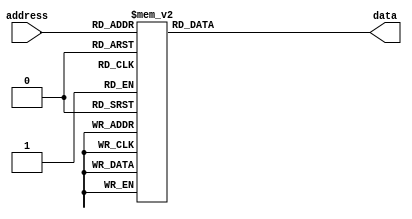
module sine_lut (input [7:0] address, output reg [13:0] data);
  always @ (*) begin
    case(address)
      8'd0: data = 14'b00000000000000;
      8'd1: data = 14'b00000000011001;
      8'd2: data = 14'b00000000110010;
      8'd3: data = 14'b00000001001011;
      8'd4: data = 14'b00000001100100;
      8'd5: data = 14'b00000001111101;
      8'd6: data = 14'b00000010010110;
      8'd7: data = 14'b00000010101111;
      8'd8: data = 14'b00000011000111;
      8'd9: data = 14'b00000011100000;
      8'd10: data = 14'b00000011111000;
      8'd11: data = 14'b00000100010001;
      8'd12: data = 14'b00000100101001;
      8'd13: data = 14'b00000101000001;
      8'd14: data = 14'b00000101011000;
      8'd15: data = 14'b00000101110000;
      8'd16: data = 14'b00000110000111;
      8'd17: data = 14'b00000110011110;
      8'd18: data = 14'b00000110110101;
      8'd19: data = 14'b00000111001100;
      8'd20: data = 14'b00000111100010;
      8'd21: data = 14'b00000111111000;
      8'd22: data = 14'b00001000001110;
      8'd23: data = 14'b00001000100011;
      8'd24: data = 14'b00001000111000;
      8'd25: data = 14'b00001001001101;
      8'd26: data = 14'b00001001100001;
      8'd27: data = 14'b00001001110101;
      8'd28: data = 14'b00001010001001;
      8'd29: data = 14'b00001010011100;
      8'd30: data = 14'b00001010101111;
      8'd31: data = 14'b00001011000010;
      8'd32: data = 14'b00001011010100;
      8'd33: data = 14'b00001011100101;
      8'd34: data = 14'b00001011110110;
      8'd35: data = 14'b00001100000111;
      8'd36: data = 14'b00001100010111;
      8'd37: data = 14'b00001100100111;
      8'd38: data = 14'b00001100110110;
      8'd39: data = 14'b00001101000101;
      8'd40: data = 14'b00001101010011;
      8'd41: data = 14'b00001101100001;
      8'd42: data = 14'b00001101101110;
      8'd43: data = 14'b00001101111010;
      8'd44: data = 14'b00001110000111;
      8'd45: data = 14'b00001110010010;
      8'd46: data = 14'b00001110011101;
      8'd47: data = 14'b00001110101000;
      8'd48: data = 14'b00001110110010;
      8'd49: data = 14'b00001110111011;
      8'd50: data = 14'b00001111000100;
      8'd51: data = 14'b00001111001100;
      8'd52: data = 14'b00001111010011;
      8'd53: data = 14'b00001111011010;
      8'd54: data = 14'b00001111100001;
      8'd55: data = 14'b00001111100111;
      8'd56: data = 14'b00001111101100;
      8'd57: data = 14'b00001111110000;
      8'd58: data = 14'b00001111110100;
      8'd59: data = 14'b00001111111000;
      8'd60: data = 14'b00001111111011;
      8'd61: data = 14'b00001111111101;
      8'd62: data = 14'b00001111111110;
      8'd63: data = 14'b00001111111111;
      8'd64: data = 14'b00010000000000;
      8'd65: data = 14'b00001111111111;
      8'd66: data = 14'b00001111111110;
      8'd67: data = 14'b00001111111101;
      8'd68: data = 14'b00001111111011;
      8'd69: data = 14'b00001111111000;
      8'd70: data = 14'b00001111110100;
      8'd71: data = 14'b00001111110000;
      8'd72: data = 14'b00001111101100;
      8'd73: data = 14'b00001111100111;
      8'd74: data = 14'b00001111100001;
      8'd75: data = 14'b00001111011010;
      8'd76: data = 14'b00001111010011;
      8'd77: data = 14'b00001111001100;
      8'd78: data = 14'b00001111000100;
      8'd79: data = 14'b00001110111011;
      8'd80: data = 14'b00001110110010;
      8'd81: data = 14'b00001110101000;
      8'd82: data = 14'b00001110011101;
      8'd83: data = 14'b00001110010010;
      8'd84: data = 14'b00001110000111;
      8'd85: data = 14'b00001101111010;
      8'd86: data = 14'b00001101101110;
      8'd87: data = 14'b00001101100001;
      8'd88: data = 14'b00001101010011;
      8'd89: data = 14'b00001101000101;
      8'd90: data = 14'b00001100110110;
      8'd91: data = 14'b00001100100111;
      8'd92: data = 14'b00001100010111;
      8'd93: data = 14'b00001100000111;
      8'd94: data = 14'b00001011110110;
      8'd95: data = 14'b00001011100101;
      8'd96: data = 14'b00001011010100;
      8'd97: data = 14'b00001011000010;
      8'd98: data = 14'b00001010101111;
      8'd99: data = 14'b00001010011100;
      8'd100: data = 14'b00001010001001;
      8'd101: data = 14'b00001001110101;
      8'd102: data = 14'b00001001100001;
      8'd103: data = 14'b00001001001101;
      8'd104: data = 14'b00001000111000;
      8'd105: data = 14'b00001000100011;
      8'd106: data = 14'b00001000001110;
      8'd107: data = 14'b00000111111000;
      8'd108: data = 14'b00000111100010;
      8'd109: data = 14'b00000111001100;
      8'd110: data = 14'b00000110110101;
      8'd111: data = 14'b00000110011110;
      8'd112: data = 14'b00000110000111;
      8'd113: data = 14'b00000101110000;
      8'd114: data = 14'b00000101011000;
      8'd115: data = 14'b00000101000001;
      8'd116: data = 14'b00000100101001;
      8'd117: data = 14'b00000100010001;
      8'd118: data = 14'b00000011111000;
      8'd119: data = 14'b00000011100000;
      8'd120: data = 14'b00000011000111;
      8'd121: data = 14'b00000010101111;
      8'd122: data = 14'b00000010010110;
      8'd123: data = 14'b00000001111101;
      8'd124: data = 14'b00000001100100;
      8'd125: data = 14'b00000001001011;
      8'd126: data = 14'b00000000110010;
      8'd127: data = 14'b00000000011001;
      8'd128: data = 14'b00000000000000;
      8'd129: data = 14'b11111111100111;
      8'd130: data = 14'b11111111001110;
      8'd131: data = 14'b11111110110101;
      8'd132: data = 14'b11111110011100;
      8'd133: data = 14'b11111110000011;
      8'd134: data = 14'b11111101101010;
      8'd135: data = 14'b11111101010001;
      8'd136: data = 14'b11111100111001;
      8'd137: data = 14'b11111100100000;
      8'd138: data = 14'b11111100001000;
      8'd139: data = 14'b11111011101111;
      8'd140: data = 14'b11111011010111;
      8'd141: data = 14'b11111010111111;
      8'd142: data = 14'b11111010101000;
      8'd143: data = 14'b11111010010000;
      8'd144: data = 14'b11111001111001;
      8'd145: data = 14'b11111001100010;
      8'd146: data = 14'b11111001001011;
      8'd147: data = 14'b11111000110100;
      8'd148: data = 14'b11111000011110;
      8'd149: data = 14'b11111000001000;
      8'd150: data = 14'b11110111110010;
      8'd151: data = 14'b11110111011101;
      8'd152: data = 14'b11110111001000;
      8'd153: data = 14'b11110110110011;
      8'd154: data = 14'b11110110011111;
      8'd155: data = 14'b11110110001011;
      8'd156: data = 14'b11110101110111;
      8'd157: data = 14'b11110101100100;
      8'd158: data = 14'b11110101010001;
      8'd159: data = 14'b11110100111110;
      8'd160: data = 14'b11110100101100;
      8'd161: data = 14'b11110100011011;
      8'd162: data = 14'b11110100001010;
      8'd163: data = 14'b11110011111001;
      8'd164: data = 14'b11110011101001;
      8'd165: data = 14'b11110011011001;
      8'd166: data = 14'b11110011001010;
      8'd167: data = 14'b11110010111011;
      8'd168: data = 14'b11110010101101;
      8'd169: data = 14'b11110010011111;
      8'd170: data = 14'b11110010010010;
      8'd171: data = 14'b11110010000110;
      8'd172: data = 14'b11110001111001;
      8'd173: data = 14'b11110001101110;
      8'd174: data = 14'b11110001100011;
      8'd175: data = 14'b11110001011000;
      8'd176: data = 14'b11110001001110;
      8'd177: data = 14'b11110001000101;
      8'd178: data = 14'b11110000111100;
      8'd179: data = 14'b11110000110100;
      8'd180: data = 14'b11110000101101;
      8'd181: data = 14'b11110000100110;
      8'd182: data = 14'b11110000011111;
      8'd183: data = 14'b11110000011001;
      8'd184: data = 14'b11110000010100;
      8'd185: data = 14'b11110000010000;
      8'd186: data = 14'b11110000001100;
      8'd187: data = 14'b11110000001000;
      8'd188: data = 14'b11110000000101;
      8'd189: data = 14'b11110000000011;
      8'd190: data = 14'b11110000000010;
      8'd191: data = 14'b11110000000001;
      8'd192: data = 14'b11110000000000;
      8'd193: data = 14'b11110000000001;
      8'd194: data = 14'b11110000000010;
      8'd195: data = 14'b11110000000011;
      8'd196: data = 14'b11110000000101;
      8'd197: data = 14'b11110000001000;
      8'd198: data = 14'b11110000001100;
      8'd199: data = 14'b11110000010000;
      8'd200: data = 14'b11110000010100;
      8'd201: data = 14'b11110000011001;
      8'd202: data = 14'b11110000011111;
      8'd203: data = 14'b11110000100110;
      8'd204: data = 14'b11110000101101;
      8'd205: data = 14'b11110000110100;
      8'd206: data = 14'b11110000111100;
      8'd207: data = 14'b11110001000101;
      8'd208: data = 14'b11110001001110;
      8'd209: data = 14'b11110001011000;
      8'd210: data = 14'b11110001100011;
      8'd211: data = 14'b11110001101110;
      8'd212: data = 14'b11110001111001;
      8'd213: data = 14'b11110010000110;
      8'd214: data = 14'b11110010010010;
      8'd215: data = 14'b11110010011111;
      8'd216: data = 14'b11110010101101;
      8'd217: data = 14'b11110010111011;
      8'd218: data = 14'b11110011001010;
      8'd219: data = 14'b11110011011001;
      8'd220: data = 14'b11110011101001;
      8'd221: data = 14'b11110011111001;
      8'd222: data = 14'b11110100001010;
      8'd223: data = 14'b11110100011011;
      8'd224: data = 14'b11110100101100;
      8'd225: data = 14'b11110100111110;
      8'd226: data = 14'b11110101010001;
      8'd227: data = 14'b11110101100100;
      8'd228: data = 14'b11110101110111;
      8'd229: data = 14'b11110110001011;
      8'd230: data = 14'b11110110011111;
      8'd231: data = 14'b11110110110011;
      8'd232: data = 14'b11110111001000;
      8'd233: data = 14'b11110111011101;
      8'd234: data = 14'b11110111110010;
      8'd235: data = 14'b11111000001000;
      8'd236: data = 14'b11111000011110;
      8'd237: data = 14'b11111000110100;
      8'd238: data = 14'b11111001001011;
      8'd239: data = 14'b11111001100010;
      8'd240: data = 14'b11111001111001;
      8'd241: data = 14'b11111010010000;
      8'd242: data = 14'b11111010101000;
      8'd243: data = 14'b11111010111111;
      8'd244: data = 14'b11111011010111;
      8'd245: data = 14'b11111011101111;
      8'd246: data = 14'b11111100001000;
      8'd247: data = 14'b11111100100000;
      8'd248: data = 14'b11111100111001;
      8'd249: data = 14'b11111101010001;
      8'd250: data = 14'b11111101101010;
      8'd251: data = 14'b11111110000011;
      8'd252: data = 14'b11111110011100;
      8'd253: data = 14'b11111110110101;
      8'd254: data = 14'b11111111001110;
      8'd255: data = 14'b11111111100111;
    endcase
  end
endmodule